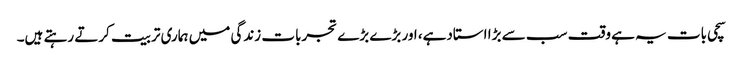
سچی بات یہ ہے وقت سب سے بڑا استادہے، اور بڑے بڑے تجربات زندگی میں ہماری تربیت کرتے رہتے ہیں۔